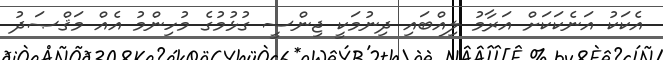
އެކަކު އަނެކަކަށް އަރާމު ލިއްބައި ދިނުމަކީ ޖިންސީ ގުޅުމުގެ މުހިންމު އެއް މަޤްޞަދު